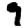
Digit: 9